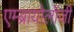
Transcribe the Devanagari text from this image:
एम्ब्रायोलॉजी